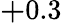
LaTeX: {\mathbf+0.3}